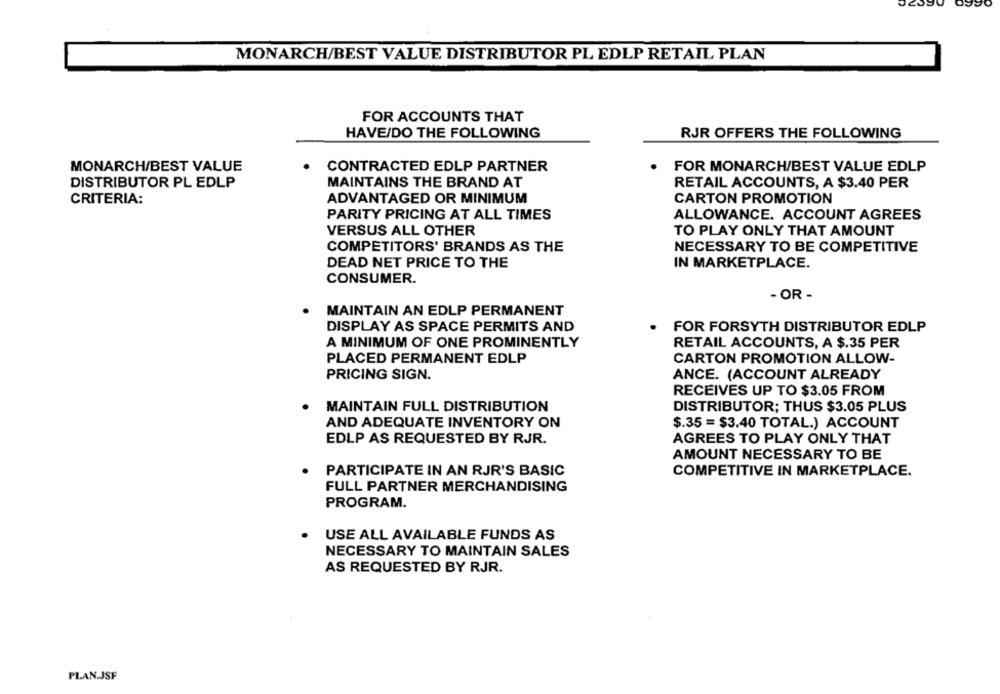
MONARCH/BEST VALUE DISTRIBUTOR PL EDLP RETAIL PLAN
FOR ACCOUNTS THAT
HAVE/DO THE FOLLOWING
RJR OFFERS THE FOLLOWING
MONARCH/BEST VALUE
CONTRACTED EDLP PARTNER
FOR MONARCH/BEST VALUE EDLP
DISTRIBUTOR PL EDLP
MAINTAINS THE BRAND AT
RETAIL ACCOUNTS, A $3.40 PER
CRITERIA:
ADVANTAGED OR MINIMUM
CARTON PROMOTION
PARITY PRICING AT ALL TIMES
ALLOWANCE. ACCOUNT AGREES
VERSUS ALL OTHER
TO PLAY ONLY THAT AMOUNT
COMPETITORS' BRANDS AS THE
NECESSARY TO BE COMPETITIVE
DEAD NET PRICE TO THE
IN MARKETPLACE.
CONSUMER.
- OR -
MAINTAIN AN EDLP PERMANENT
DISPLAY AS SPACE PERMITS AND
FOR FORSYTH DISTRIBUTOR EDLP
A MINIMUM OF ONE PROMINENTLY
RETAIL ACCOUNTS, A $.35 PER
PLACED PERMANENT EDLP
CARTON PROMOTION ALLOW-
PRICING SIGN.
ANCE. (ACCOUNT ALREADY
RECEIVES UP TO $3.05 FROM
MAINTAIN FULL DISTRIBUTION
DISTRIBUTOR; THUS $3.05 PLUS
AND ADEQUATE INVENTORY ON
$.35 = $3.40 TOTAL.) ACCOUNT
EDLP AS REQUESTED BY RJR.
AGREES TO PLAY ONLY THAT
AMOUNT NECESSARY TO BE
PARTICIPATE IN AN RJR'S BASIC
COMPETITIVE IN MARKETPLACE.
FULL PARTNER MERCHANDISING
PROGRAM.
USE ALL AVAILABLE FUNDS AS
NECESSARY TO MAINTAIN SALES
AS REQUESTED BY RJR.
PLAN.JSF